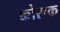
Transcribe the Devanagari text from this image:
कोराक